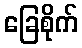
ခြေစိုက်